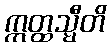
ဣတ္ထသ္မီတိ